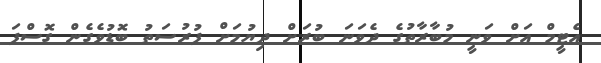
އެޓީމް އަށް ވަނީ މުބާރާތުގެ ދެވަނަ ބުރަށް ދިޔުމަށް ފުރުސަތު ބޮޑުވެގެން ގޮސްފަ